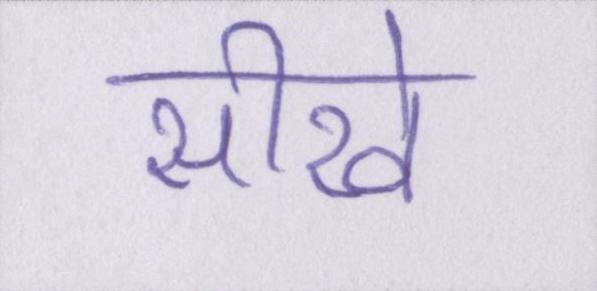
सीखे